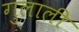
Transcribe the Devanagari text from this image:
गुलाली